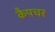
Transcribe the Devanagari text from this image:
कैपचर